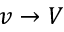
v \rightarrow V